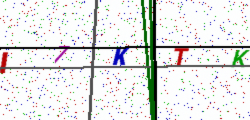
Text: I7KTK